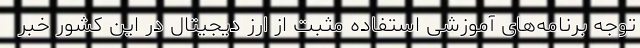
توجه برنامه‌های آموزشی استفاده مثبت از ارز دیجیتال در این کشور خبر